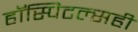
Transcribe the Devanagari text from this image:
हॉस्पिटल्सही